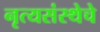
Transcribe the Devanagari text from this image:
नृत्यसंस्थेचे